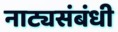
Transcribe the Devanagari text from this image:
नाट्यसंबंधी